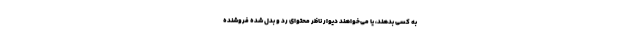
به کسی بدهند، یا می‌خواهند دیوار ناظر محتوای رد و بدل شده فروشنده